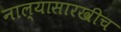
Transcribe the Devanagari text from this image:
नाल्यासारखीच